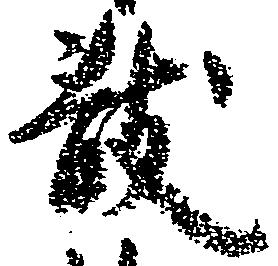
散